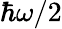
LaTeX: \hbar\omega/2